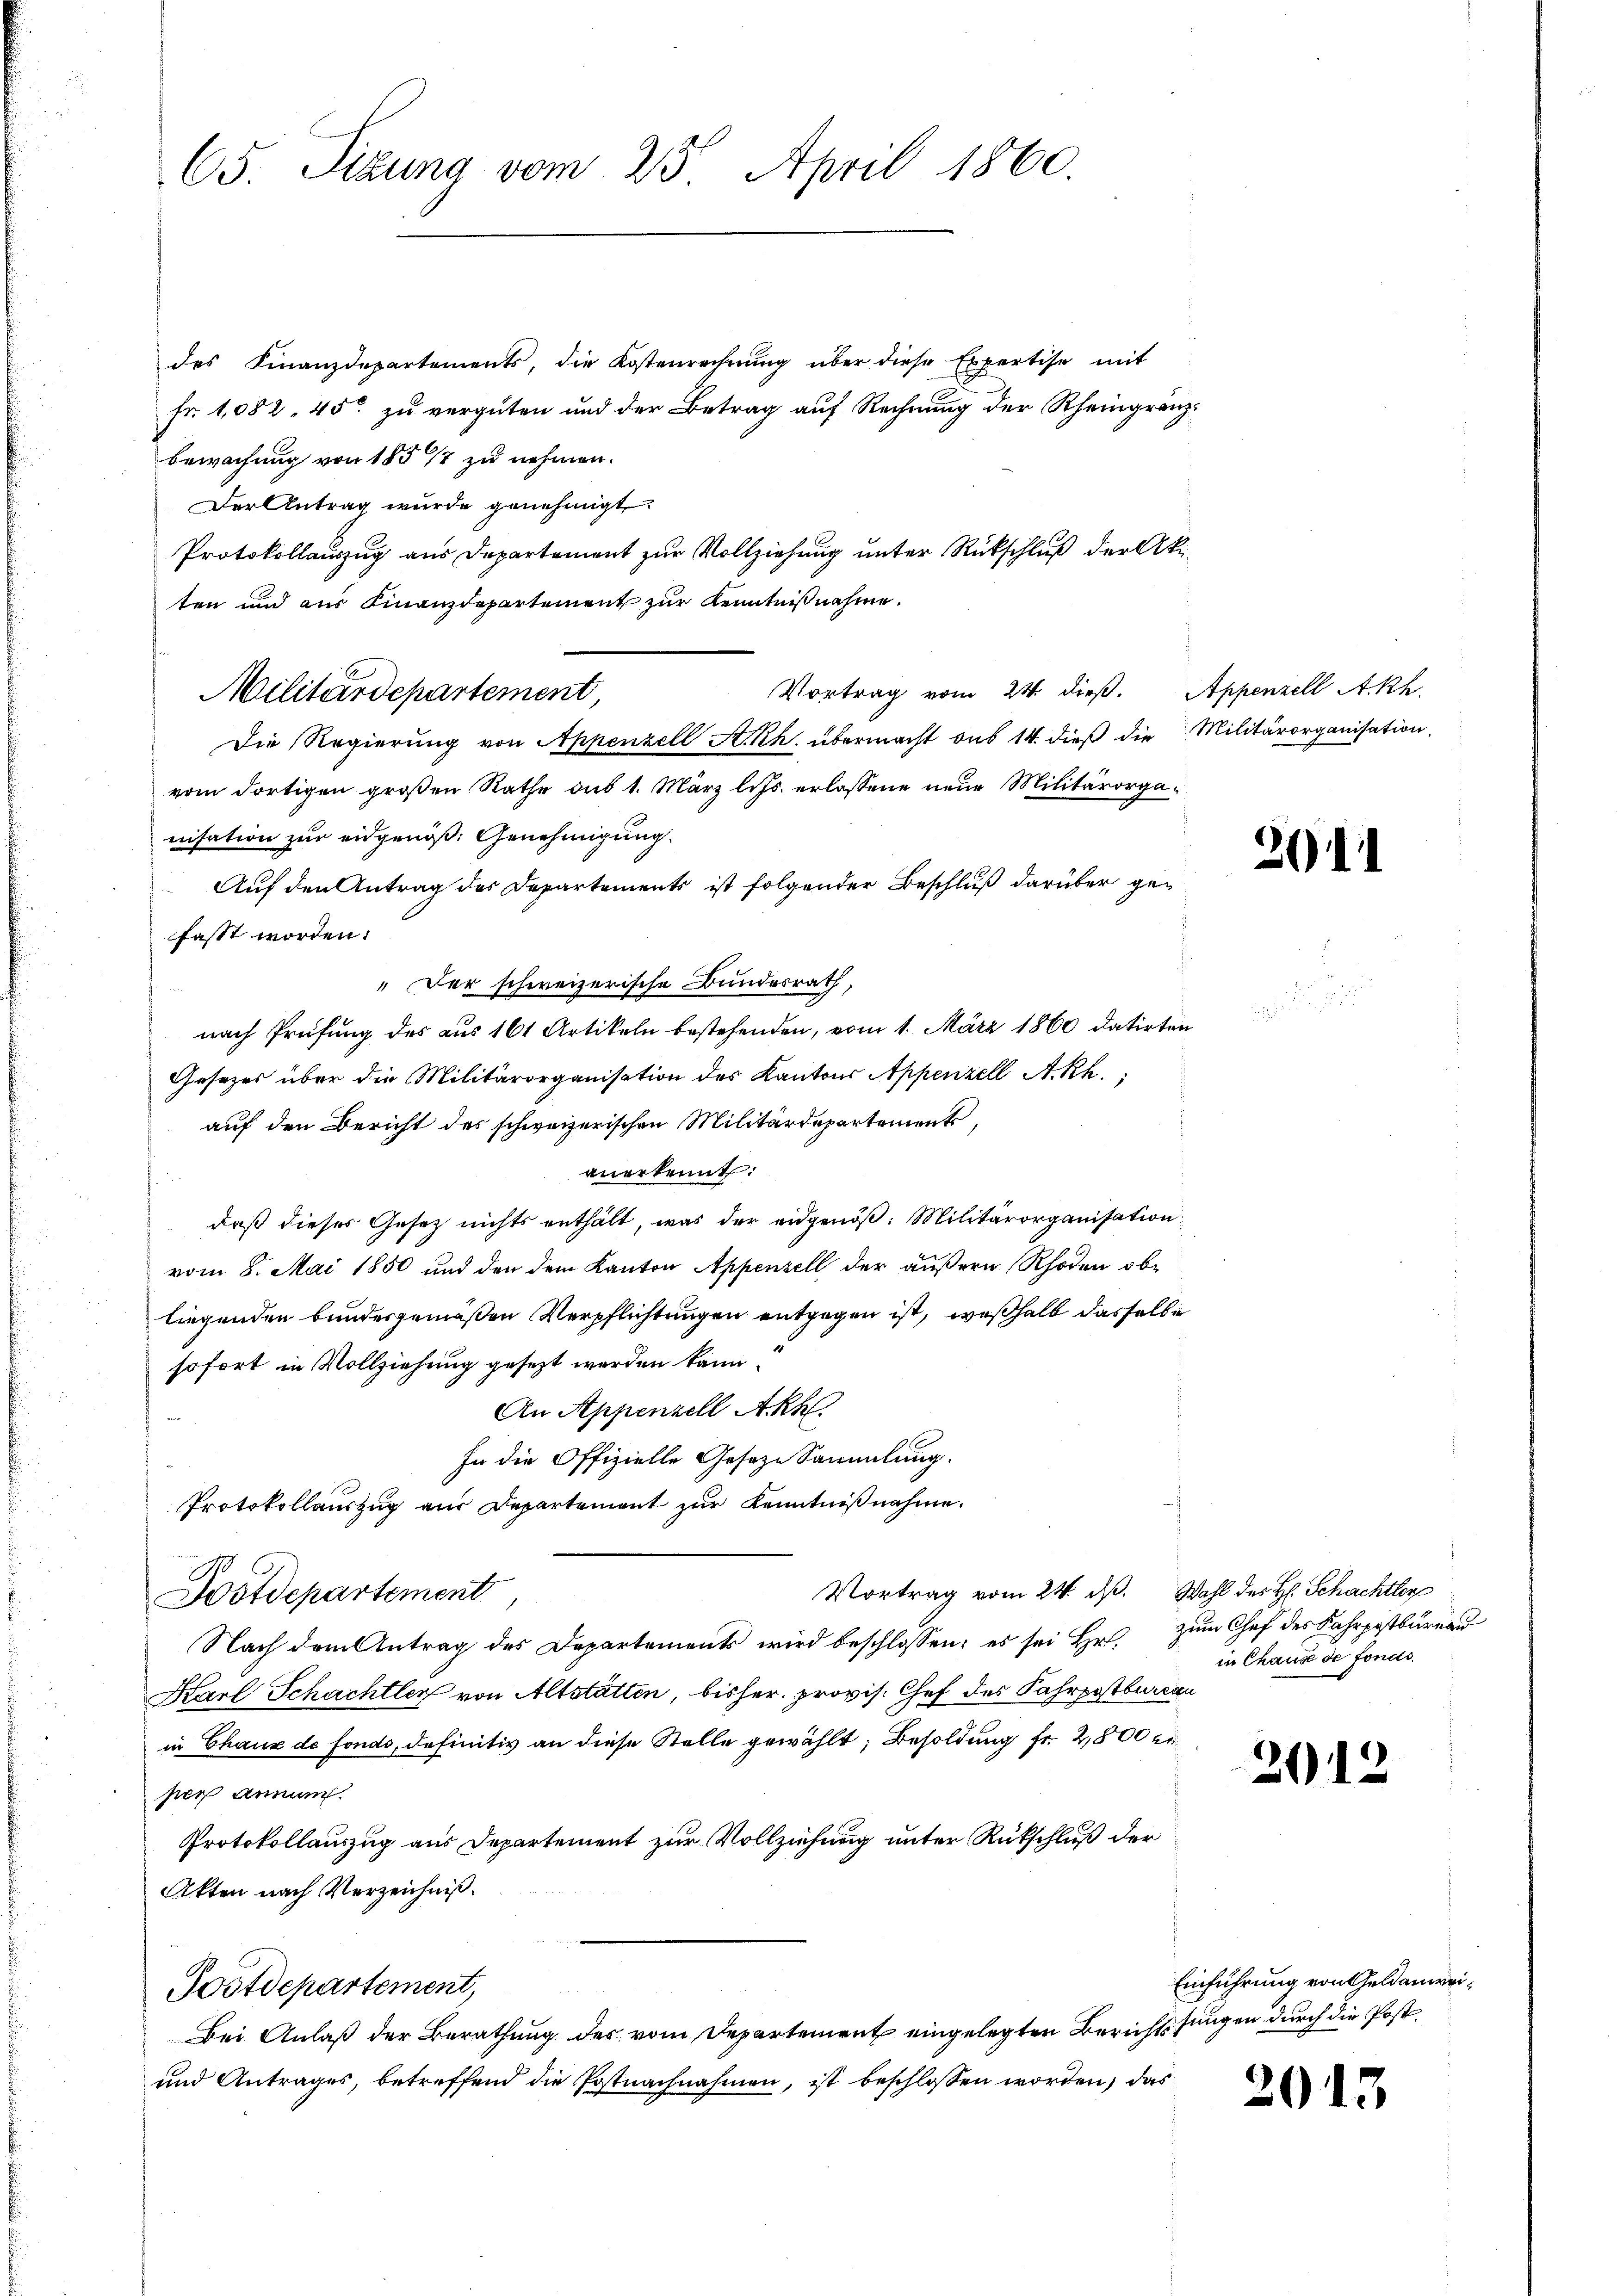
65. Sizung vom 25. April 1860.

des Finanzdepartements, die Kostenrechnung über diese Expertise mit
fr. 1082, 45 zu vergüten und der Betrag auf Rechnung der Rheingränz
bewachung von 1851 zu nehmen.
Der Antrag wurde genehmigt.
Protokollauszug aus Departement zur Vollziehung unter Rückschluß der Akten und aus Finanzdepartement zur Kenntnißnahme.
Die Regierung von Appenzell A.Rh. übermacht sub 14. dieß die
vom dortigen großen Rathe aus 1. März l. Js. erlassene neue Militärorganisation zur eidgenöß: Genehmigung.
Auf den Antrag des Departements ist folgender Beschluß darüber gefasst worden.
" Der schweizerische Bundesrath,
nach Prüfung des aus 161 Artikeln bestehenden, vom 1. März 1860 datirten
Gesetzes über die Militärorganisation des Kantons Appenzell A.Rh.,
auf den Bericht des schweizerischen Militärdepartements
anerkennt:
daß dieses Gesetz nichts enthält, was der eidgenöß: Militärorganisation
vom 8. Mai 1850 und den dem Kanton Appenzell der äußern Rhoden obliegenden bundesgemäßen Verpflichtungen entgegen ist, weßhalb dasselbe
sofort in Vollziehung gesezt werden kann.
An Appenzell Akhl.
In die Offizielle Geseze Sammlung.
Protokollauszug aus Departement zur Kenntnißnahme.
Vortrag vom 24. dβ. Wahl des H. Schachtler
Postdepartement,
Nach dem Antrag des Departements wird beschlossen: es sei Hr. zum Chef des Fahrpostbureau
Karl Schachtler von Altstatten, bisher. provis. Chef des Fahrpostbureau
in Chaux de fondo, definitiv an diese Stelle gewählt; Besoldung fr. 2800 er
per annu
Protokollauszug aus Departement zur Vollziehung unter Rückschluß der
Akten nach Verzeichniß.
Postdepartement,
Bei Anlaß der Berathung des vom Departement eingelegten Berichtsungen durch die Post¬
und Antrages, betreffend die Postnachnahmen, ist beschlossen worden, das

Militärdepartement,

Vortrag vom 24. dieß. Appenzell Akh.

Militärorganisation

e

2

2

in Chause de fonds.

1

Einführung von Geldanwei¬

2013